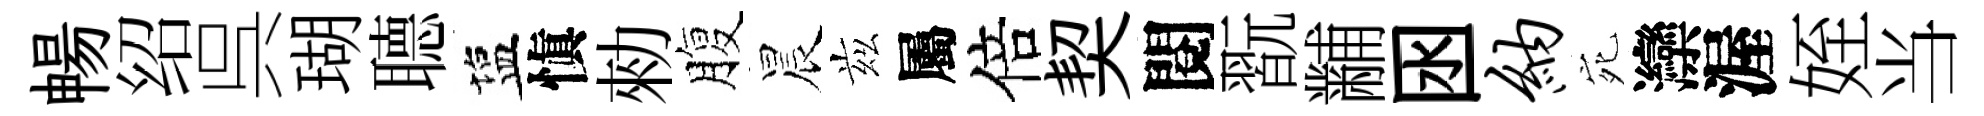
暢绍呉瑚𦗟塩愼勑腹晨兹屬倍契閱翫黼囦纳宛灤渥姪当